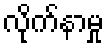
လိုက်နာမှု